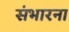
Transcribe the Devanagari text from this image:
संभारना